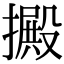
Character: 㩔